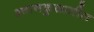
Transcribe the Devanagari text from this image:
श्वानकुळातील